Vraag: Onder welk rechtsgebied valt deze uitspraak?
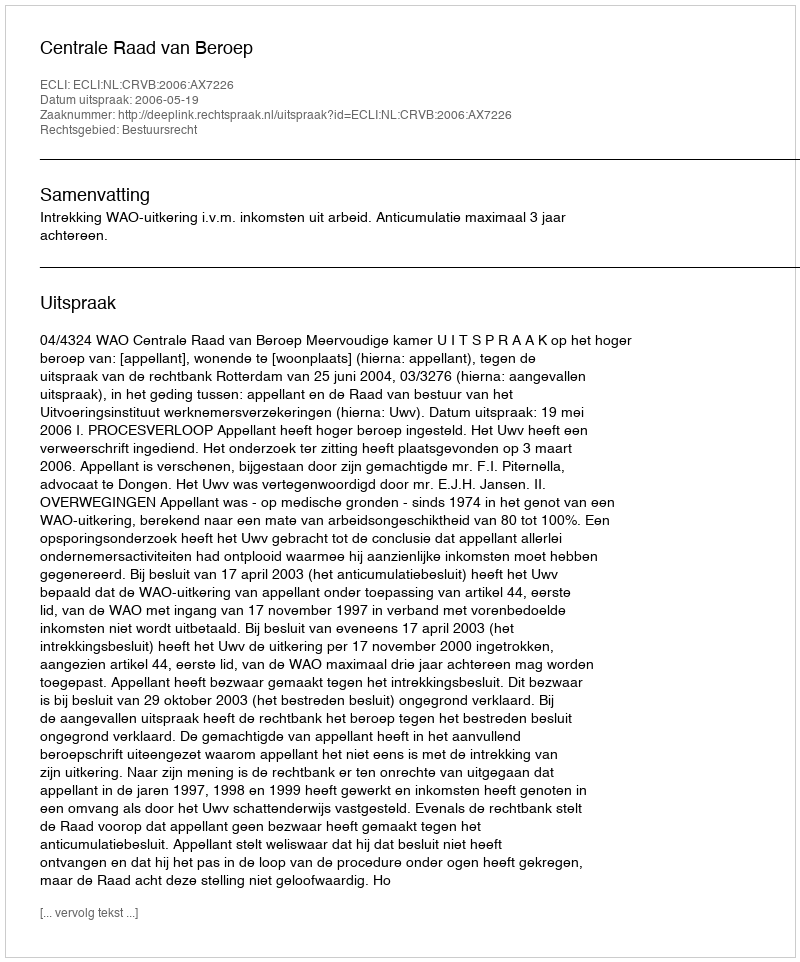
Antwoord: Bestuursrecht